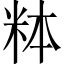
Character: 𬖓